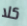
كلا